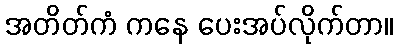
အတိတ်ကံ ကနေ ပေးအပ်လိုက်တာ။